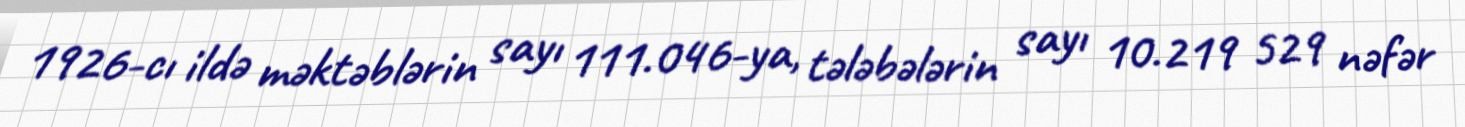
1926-cı ildə məktəblərin sayı 111.046-ya, tələbələrin sayı 10.219 529 nəfər